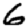
Digit: 6